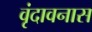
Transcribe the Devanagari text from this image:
वृंदावनास